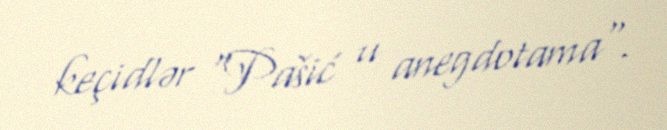
keçidlər "Pašić u anegdotama".